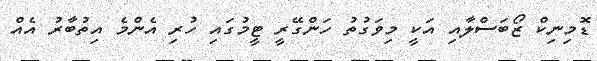
ޑޮމިނިކް ޒޯބަސްލާއި އަކީ މިވަގުތު ހަންގޭރީ ޓީމުގައި ހުރި އެންމެ އިތުބާރު އެއް